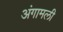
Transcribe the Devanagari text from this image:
अंगामली